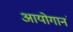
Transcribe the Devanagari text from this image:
आयोगानं